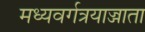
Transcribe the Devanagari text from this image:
मध्यवर्गत्रयाज्जाता